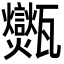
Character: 𤮶